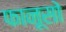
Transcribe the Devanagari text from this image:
फानूसो